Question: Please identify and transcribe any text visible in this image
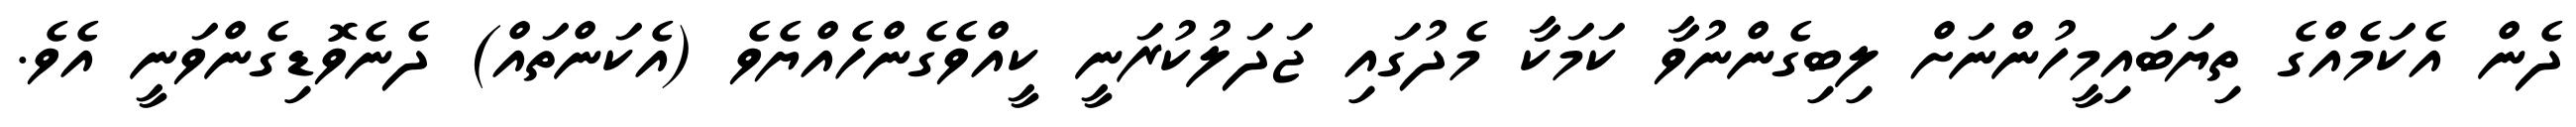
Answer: ދެން އެކަމެއްގެ ތިޔަބައިމީހުންނަށް ލިބިގެންނުވާ ކަމަކާ މެދުގައި ޖަދަލުކުރަނީ ކީއްވެގެންހެއްޔެވެ (އެކަންތައް) ދެނެވޮޑިގެންވަނީ އެވެ.